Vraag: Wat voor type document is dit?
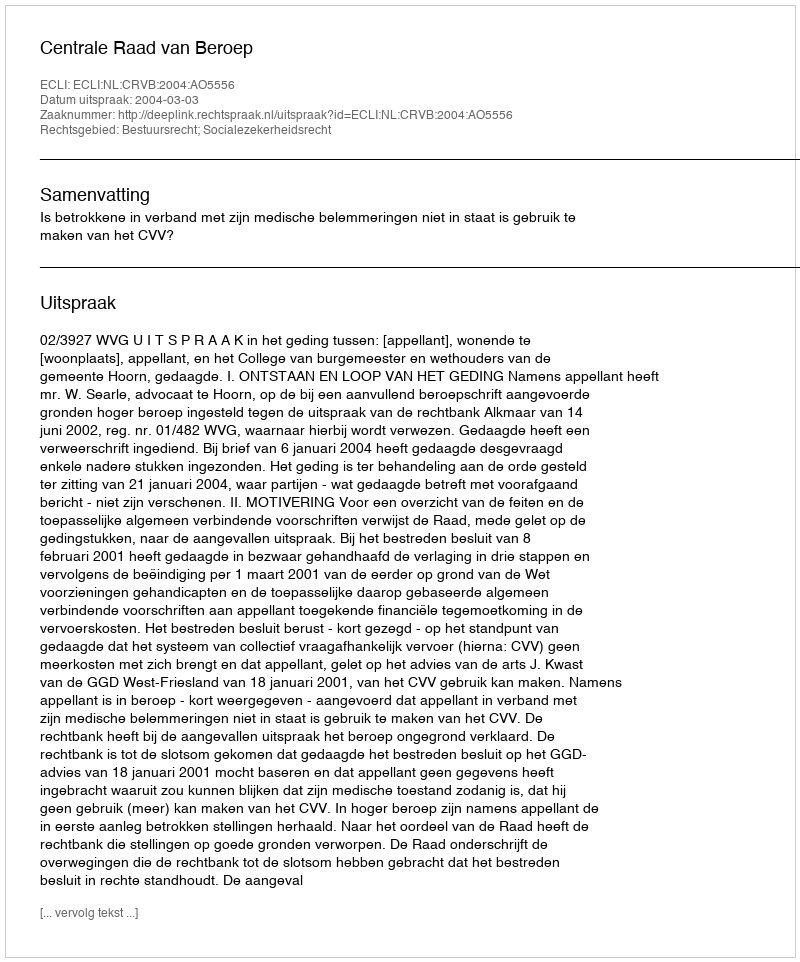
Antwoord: Uitspraak